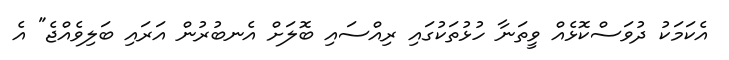
އެކަމަކު ދުވަސްކޮޅެއް ވީތަނާ ހުޅުތަކުގައި ރިއްސައި ބޮލަށް އެނބުރުން އަރައި ބަލިވެއްޖެ" އެ